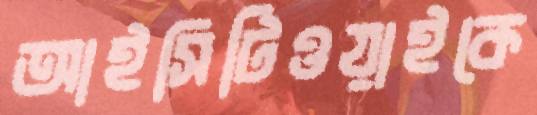
আইসিটিওয়াইকে